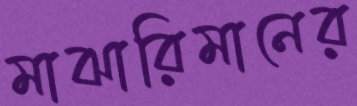
মাঝারিমানের